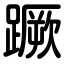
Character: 蹶